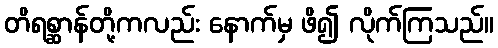
တိရစ္ဆာန်တို့ကလည်း နောက်မှ ဖိ၍ လိုက်ကြသည်။